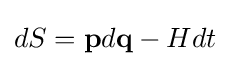
{\textstyle dS=\mathbf {p} d\mathbf {q} -Hdt}